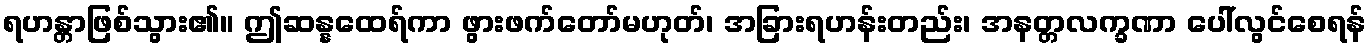
ရဟန္တာဖြစ်သွား၏။ ဤဆန္နထေရ်ကာ ဖွားဖက်တော်မဟုတ်၊ အခြားရဟန်းတည်း၊ အနတ္တလက္ခဏာ ပေါ်လွင်စေရန်